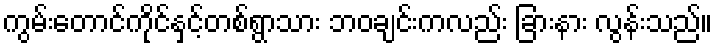
ကွမ်းတောင်ကိုင်နှင့်တစ်ရွာသား ဘဝချင်းကလည်း ခြားနား လွန်းသည်။